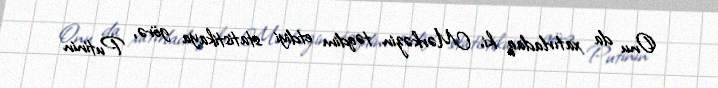
Onu da xatırladaq ki, Mərkəzin təqdim etdiyi statistikaya görə, Putinin